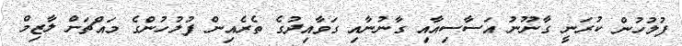
ފުލުހުން ކުރަނީ ގާނޫނު އަސާސިއާއި ގާނުނާއި ގަވާއިދުގެ ތެރެއިން ފުލުހުންގެ މައްޗަށް ލާޒިމް